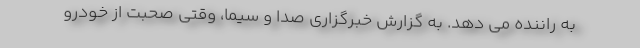
به راننده می دهد. به گزارش خبرگزاری صدا و سیما، وقتی صحبت از خودرو